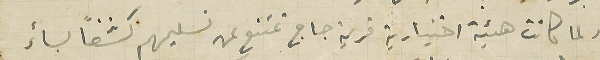
ولما كانت هيئة اختيارية قرية جاج تمتنع من تسليمهم كشفًا بسائر